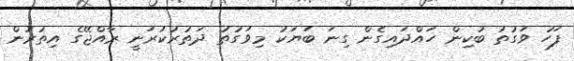
ފަހު ވަގުތު ބުކިން ހައްދައިގެން ގިނަ ބަޔަކު މިވަގުތު ދަތުރުކުރަނީ ރާއްޖޭގެ އިތުރުން